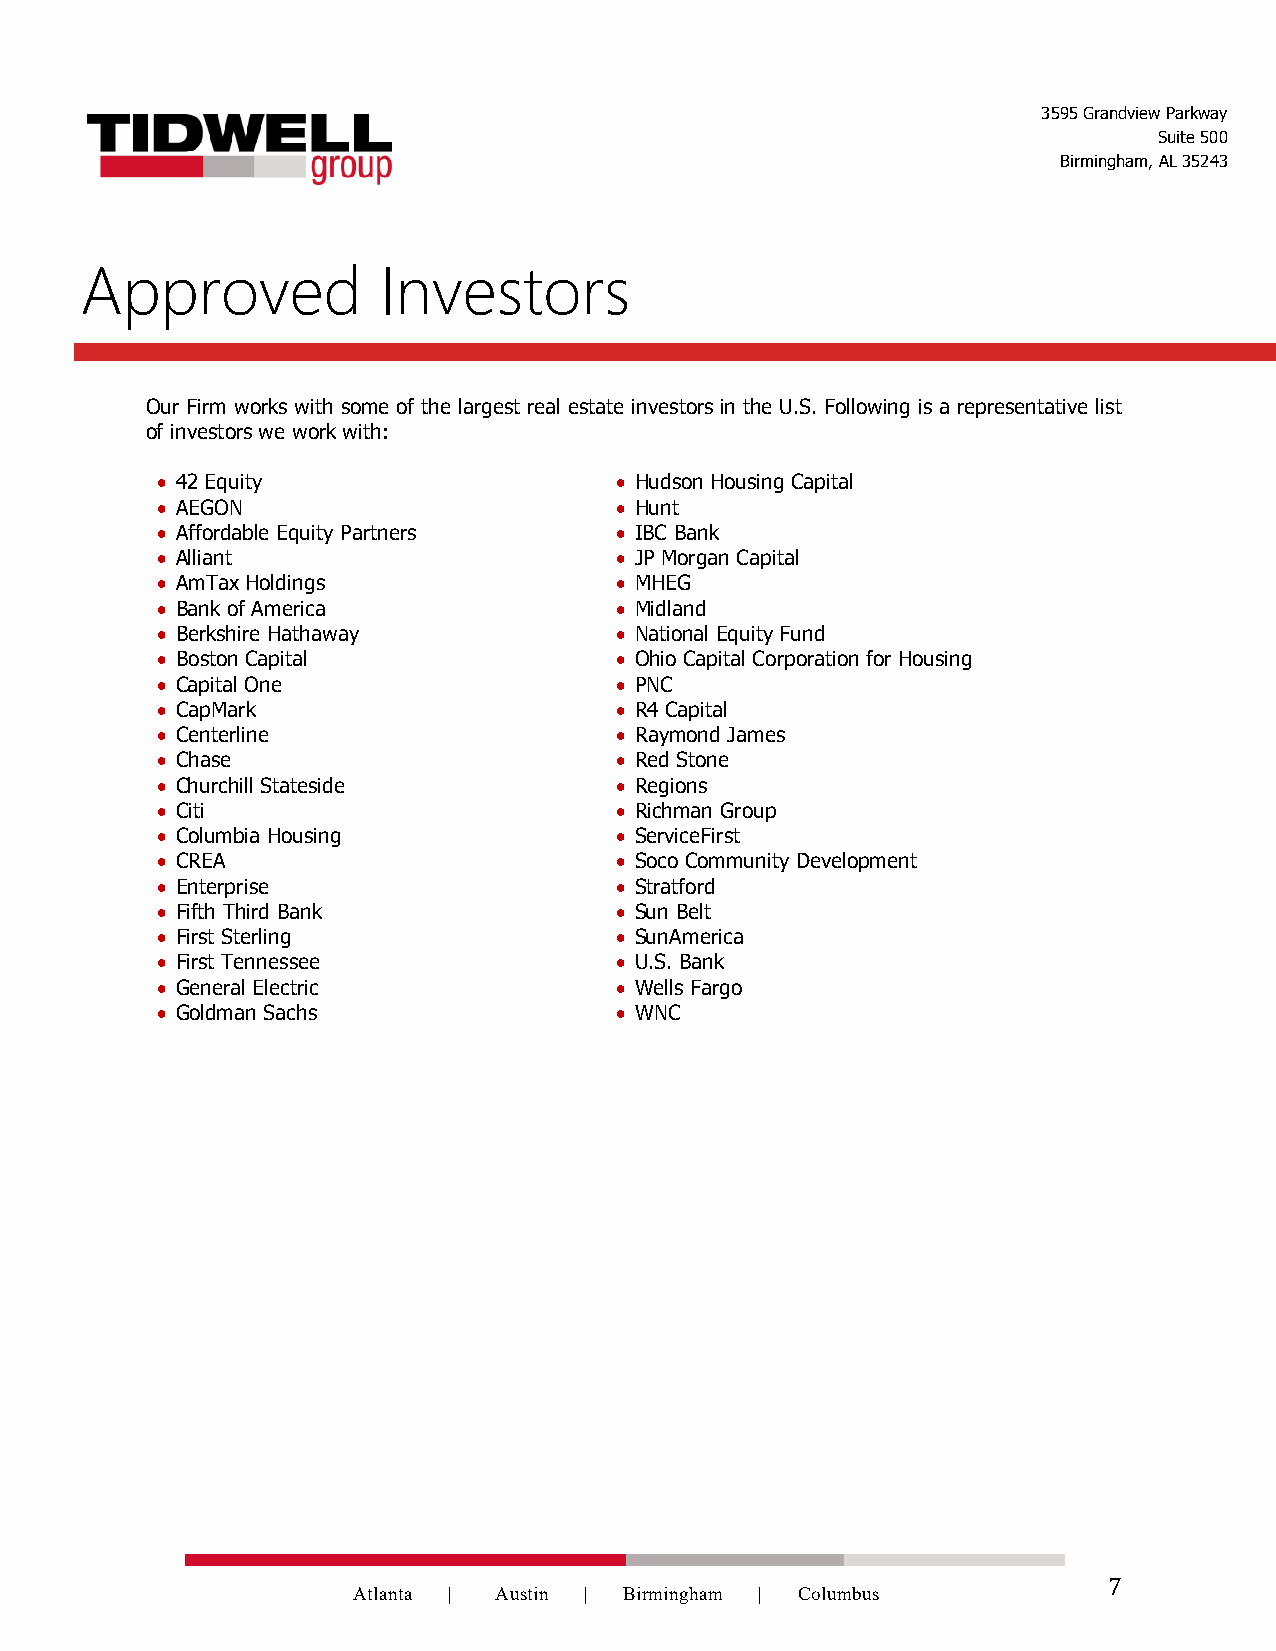
3595 Grandview Parkway
 Suite 500
 Birmingham, AL 35243
 Ap    proved        Investors
 Our Firm works with some of the largest real estate investors in the U.S. Following is a representative list
 of investors we work with:
 • 42 Equity                    • Hudson Housing Capital
 • AEGON                        • Hunt
 • Affordable Equity Partners   • IBC Bank
 • Alliant                      • JP Morgan Capital
 • AmTax Holdings               • MHEG
 • Bank of America              • Midland
 • Berkshire Hathaway           • National Equity Fund
 • Boston Capital               • Ohio Capital Corporation for Housing
 • Capital One                  • PNC
 • CapMark                      • R4 Capital
 • Centerline                   • Raymond James
 • Chase                        • Red Stone
 • Churchill Stateside          • Regions
 • Citi                         • Richman Group
 • Columbia Housing             • ServiceFirst
 • CREA                         • Soco Community Development
 • Enterprise                   • Stratford
 • Fifth Third Bank             • Sun Belt
 • First Sterling               • SunAmerica
 • First Tennessee              • U.S. Bank
 • General Electric             • Wells Fargo
 • Goldman Sachs                • WNC
 Atlanta | Austin | Birmingham | Columbus
 7